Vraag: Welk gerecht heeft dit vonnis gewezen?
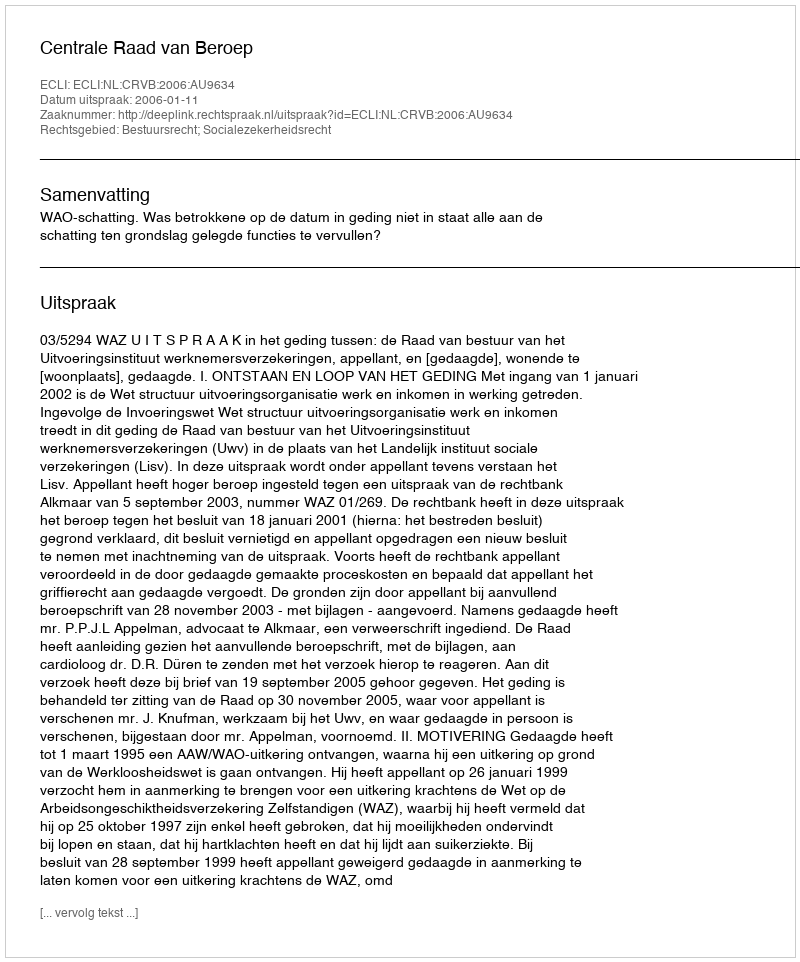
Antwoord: Centrale Raad van Beroep